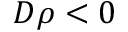
D \rho < 0